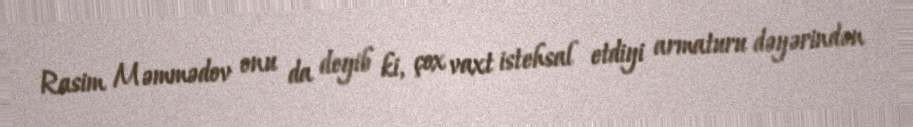
Rasim Məmmədov onu da deyib ki, çox vaxt istehsal etdiyi armaturu dəyərindən